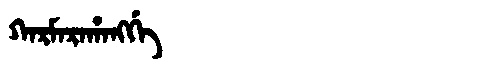
Manchu: ᡴᠠᡵᠮᠠᡵᠠᡥᠠᠩᡤᡝ
Romanization: KARMARAHANGGE